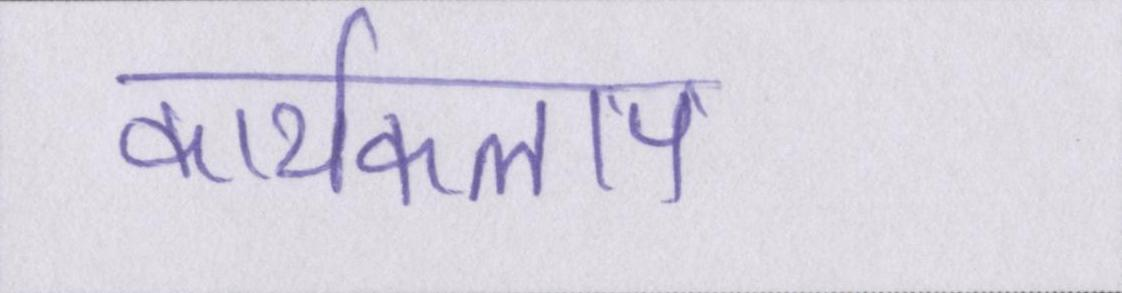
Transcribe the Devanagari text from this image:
कार्यकलाप